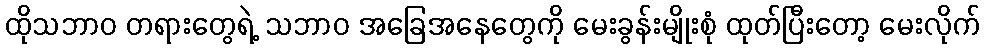
ထိုသဘာဝ တရားတွေရဲ့ သဘာဝ အခြေအနေတွေကို မေးခွန်းမျိုးစုံ ထုတ်ပြီးတော့ မေးလိုက်